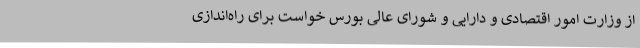
از وزارت امور اقتصادی و دارایی و شورای عالی بورس خواست برای راه‌اندازی